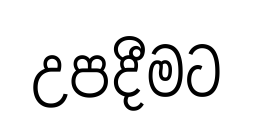
උපදීමට